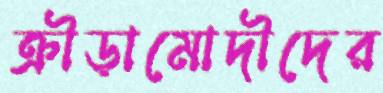
ক্রীড়ামোদীদের